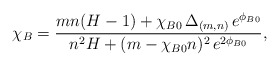
\begin{align*}\chi_B = \frac{mn (H - 1) + \chi_{B0} \,\Delta_{(m, n)} \,e^{\phi_{B0}}} { n^2 H + (m - \chi_{B0} n)^2 \,e^{2\phi_{B0}}}, \end{align*}